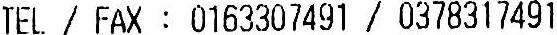
TEL / FAX : 0163307491 / 0378317491